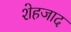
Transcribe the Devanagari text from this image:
शेहजाद